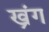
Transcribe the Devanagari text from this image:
ख्रंग